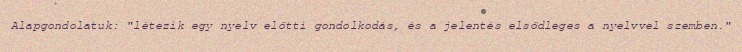
Alapgondolatuk: "létezik egy nyelv előtti gondolkodás, és a jelentés elsődleges a nyelvvel szemben."